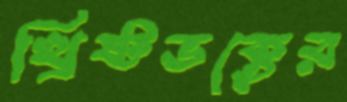
খ্রিষ্টভক্তের